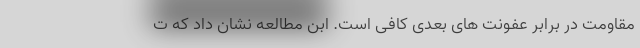
مقاومت در برابر عفونت های بعدی کافی است. ابن مطالعه نشان داد که ت